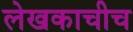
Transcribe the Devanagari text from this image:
लेखकाचीच